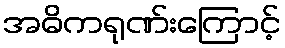
အဓိကရုဏ်းကြောင့်